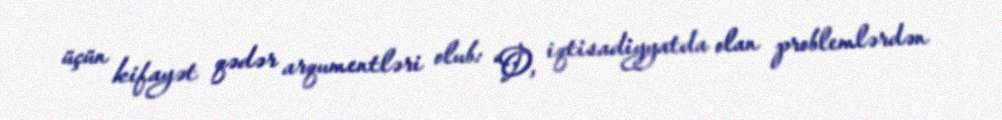
üçün kifayət qədər arqumentləri olub: “O, iqtisadiyyatda olan problemlərdən